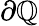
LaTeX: \partial\mathbb{Q}